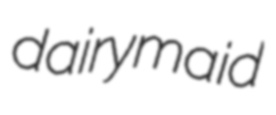
dairymaid